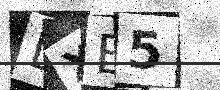
Text: DXE5